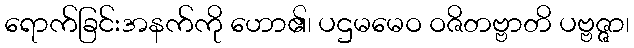
ရောက်ခြင်းအနက်ကို ဟော၏၊ ပဌမမေဝ ဝဇိတဗ္ဗာတိ ပဗ္ဗဇ္ဇာ၊